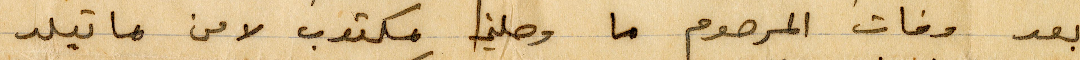
بعد وفاة المرحوم ما وصلني مكتوب لا من ماتيلد